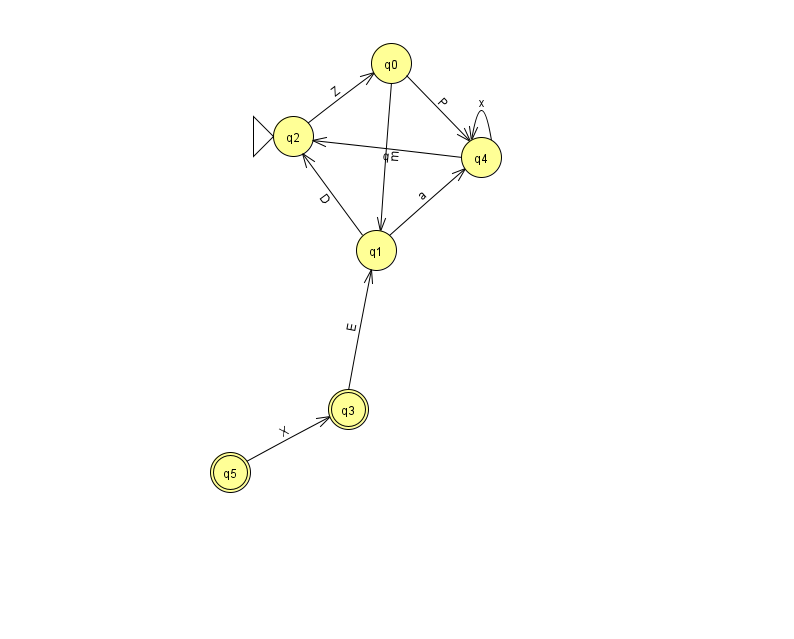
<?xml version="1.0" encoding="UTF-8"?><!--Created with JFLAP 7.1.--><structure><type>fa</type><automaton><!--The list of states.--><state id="0" name="q0"><x>391.0</x><y>50.0</y></state><state id="1" name="q1"><x>376.0</x><y>237.0</y></state><state id="2" name="q2"><x>293.0</x><y>123.0</y><initial/></state><state id="3" name="q3"><x>348.0</x><y>396.0</y><final/></state><state id="4" name="q4"><x>481.0</x><y>144.0</y></state><state id="5" name="q5"><x>230.0</x><y>459.0</y><final/></state><!--The list of transitions.--><transition><from>2</from><to>0</to><read>Z</read></transition><transition><from>3</from><to>1</to><read>E</read></transition><transition><from>1</from><to>2</to><read>D</read></transition><transition><from>0</from><to>1</to><read>m</read></transition><transition><from>0</from><to>4</to><read>P</read></transition><transition><from>4</from><to>4</to><read>x</read></transition><transition><from>4</from><to>2</to><read>q</read></transition><transition><from>1</from><to>4</to><read>a</read></transition><transition><from>5</from><to>3</to><read>X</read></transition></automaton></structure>